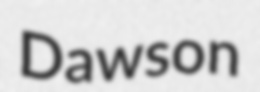
Dawson